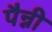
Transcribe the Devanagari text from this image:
पैन्नी